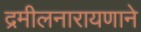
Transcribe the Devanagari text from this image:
द्रमीलनारायणाने